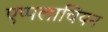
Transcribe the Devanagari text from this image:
एप्पलाचियन